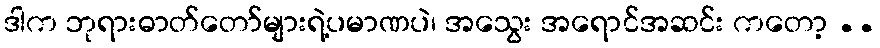
ဒါက ဘုရားဓာတ်တော်များရဲ့ပမာဏပဲ၊ အသွေး အရောင်အဆင်း ကတော့ ..